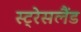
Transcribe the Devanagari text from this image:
स्ट्रेसलैंड